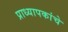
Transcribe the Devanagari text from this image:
प्राध्यापकांचे